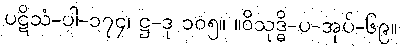
ပဋိသံ-ပါ-၁၇၄၊ ဋ္ဌ-ဒု ၁၀၅။ ။ဝိသုဒ္ဓိ-ပ-အုပ်-၆၉။